Tartu_linna_vaeslastekohus, lk 11
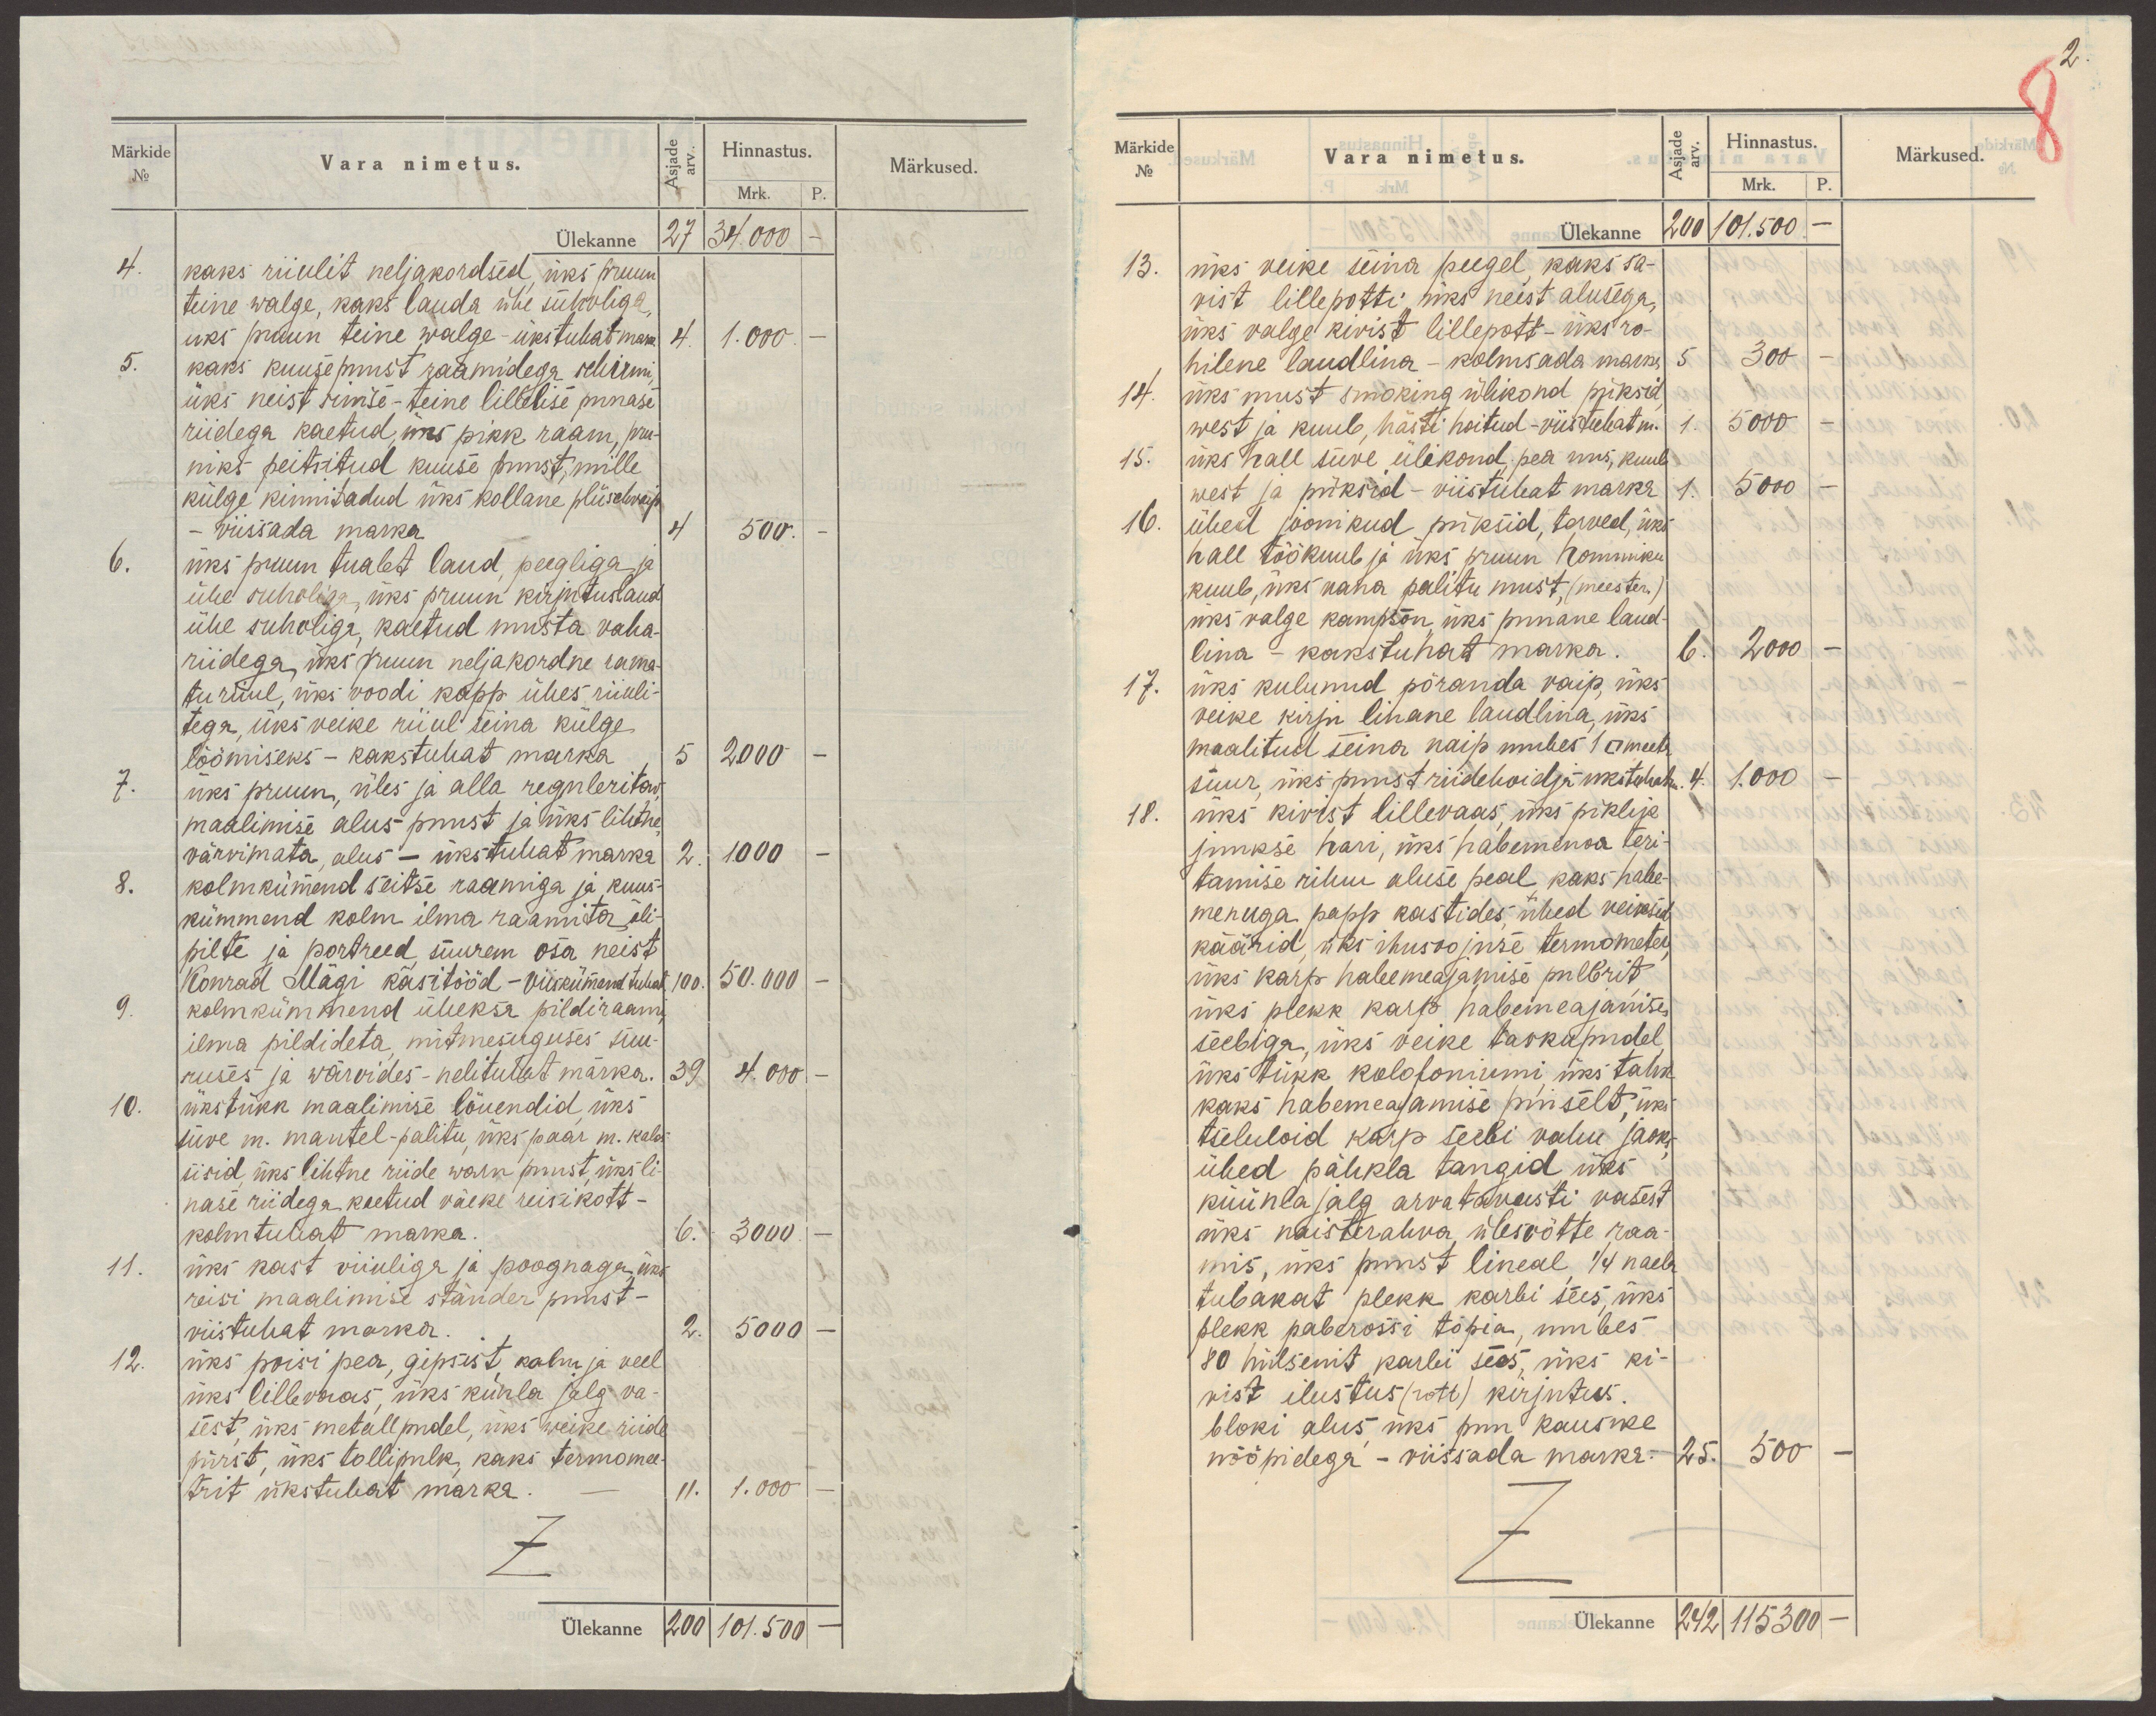
2.
8

Märkide
No
Vara nimetus.
Asjade
arv.
Hinnastus.
Mrk.
P.
Märkused.
Ülekanne 27 34.000 -
4. kaks riiulit neljakordsed, üks pruun
teine walge, kaks lauda ühe suhvliga,
uks pruun teine walge - ükstuhat marka.
4. 1.000. -
5. kaks kuusepuust raamidega schirmi,
üks neist sinise - teine lillelise punase
riidega kaetud, üks pikk raam, pru-
niks peitsitud kuuse puust, mille
külge kinnitadud üks kollane plüschvaip
- viissada marka
4 500. -
6. üks pruun tualet laud, peegliga ja
ühe suhvliga, üks pruun kirjutuslaud
ühe suhvliga, kaetud musta vaha-
riidega, üks pruun neljakordne rama-
turiiul, üks voodi kapp ühes riiuli-
tega, üks veike riiul seina külge
löömiseks - kakstuhat marka
5 2000 -
7. üks pruun, üles ja alla reguleritav,
maalimise alus puust ja üks lihtne,
värvimata, alus - ükstuhat marka
2. 1.000 -
8. kolmkümend seitse raamiga ja kuus-
kümmend kolm ilma raamita õli-
pilte ja portreed, suurem osa neist
Konrad Mägi käsitööd - viiskümend tuhat
100. 50.000 -
9. kolmkümmend üheksa pildiraami,
ilma pildideta, mitmesuguses suu-
ruses ja wärvides - nelituhat marka.
39 4.000 -
10. üks tükk maalimise lõuendid, üks
suve m. mantel-palitu, üks paar m. kalos
sisid, üks lihtne riide warn puust, üks li-
nase riidega kaetud väeke reisikott -
kolmtuhat marka.
6. 3000.-
11. üks kast viiuliga ja poognaga, üks
reisi maalimise ständer puust -
viistuhat marka.
2. 5000 -
12. üks poisi pea, gipsist, kolm ja veel
üks lillevaas, üks kunla jalg va-
sest, üks metallpudel, üks weike riide
pürst, üks tollipulk, kaks termomee-
trit ükstuhat marka.
11. 1.000 -
Ülekanne 200 101.500 -

Märkide
No
Vara nimetus.
Asjade
arv.
Hinnastus.
Mrk.
P.
Märkused.
Ülekanne 200 101.500. -
13. üks veike seina peegel, kaks sa-
vist lillepotti, üks neist alusega,
üks valge kivist lillepott - üks ro-
hilene laudlina - kolmsada marka
5 300 -
14. üks must smoking ülikond püksid,
west ja kuub, hästi hoitud - viistuhat m.
1. 5000 -
15. üks hall suve ülikond, pea uus, kuub
west ja püksid - viistuhat marka
1. 5000 -
16. ühed joonikud püksid, terved, üks
hall töökuub ja üks pruun hommiku
kuub, üks vana palitu must, (meester.)
üks valge kampson, üks punane laud-
lina - kakstuhat marka.
6. 2000 -
17. üks kulunud põranda vaip, üks
veike kirju linane laudlina, üks
maalitud seina vaip umbes 1 □ meetr
suur, üks puust riidehoidja - ukstuhat m.
4. 1.000 -
18. üks kivist lillevaas, üks piklik
juukse hari, üks habemenoa teri-
tamise rihm aluse peal, kaks habe-
menuga papp kastides, ühed veiksed
käärid, üks ihusoojuse termometer,
üks karp habemeajamise pulbrit,
üks plekk karp habemeajamise
seebiga, üks veike taskupudel,
üks tükk kolofoniumi, üks tahk
kaks habemeajamise pinselt, üks
tseluloid karp seebi vahu jaoks,
ühed pähkla tangid, üks
küünla jalg arvatavasti vasest
üks naisterahva ülesvõtte raa-
mis, üks puust lineal, 1/4 naela
tubakat plekk karbi sees, üks
plekk paberossi topia, umbes
80 hülsenit karbi sees, üks ki-
vist ilustus (rott) kirjutus.
bloki alus, üks puu kausike
nööpidega - viissada marka.
25. 500 -
Ülekanne 242 115300 -